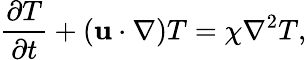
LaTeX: \frac{\partial T}{\partial t}+\left({\mathbf u}\cdot\nabla\right)T=\chi\nabla^{2}T,